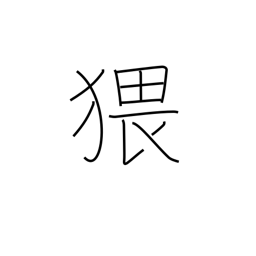
Meaning: obscene